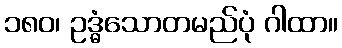
၁၈၀၊ ဥဒ္ဓံသောတမည်ပုံ ဂါထာ။